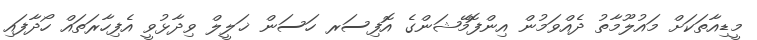
މީޑިއާތަކަށް މައުލޫމާތު ދެއްވަމުން އިންފޮމޭޝަންގެ އޮފިސަރ ހަސަން ޚަލީލް ވިދާޅުވީ އެފިހާރަތައް ހޯދާފައި